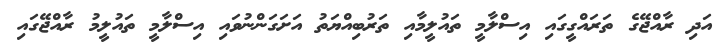
އަދި ރާއްޖޭގެ ތަރައްގީގައި އިސްލާމީ ތައުލީމާއި ތަރުބިއްޔަތު އަށަގަންނުވައި އިސްލާމީ ތައުލީމު ރާއްޖޭގައި